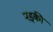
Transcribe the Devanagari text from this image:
नइकी